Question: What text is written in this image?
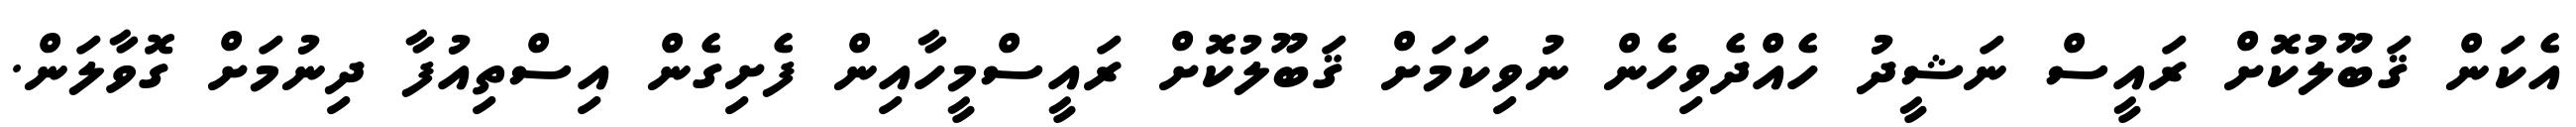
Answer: އެކަން ޤަބޫލުކޮށް ރައީސް ނަޝީދު ހެއްދެވިހެން ނުވިކަމަށް ޤަބޫލުކޮށް ރައީސްމީހާއިން ފެށިގެން އިސްތިއުފާ ދިނުމަށް ގޮވާލަން.